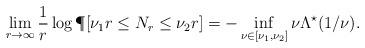
LaTeX: \begin{align*} \lim_{r\to\infty} \frac{1}{r}\log\P[\nu_1 r \leq N_{r} \leq\nu _2 r] = -\inf_{\nu\in[\nu_1,\nu_2]}\nu\Lambda^\star(1/\nu).\end{align*}